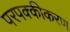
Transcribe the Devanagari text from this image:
परपक्कीकरण